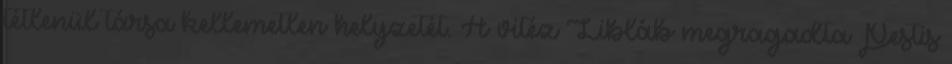
tétlenül társa kellemetlen helyzetét. A vitéz Libláb megragadta Pestis